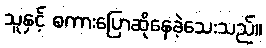
သူနှင့် စကားပြောဆိုနေခဲ့သေးသည်။